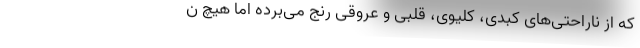
که از ناراحتی‌های کبدی، کلیوی، قلبی و عروقی رنج می‌برده اما هیچ ن